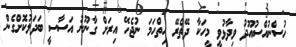
ހުސްނުއްސުއޫދު ވިދާޅުވީ މީހަކާ ދޭތެރޭ ހިތްހަމަ ނުޖެހޭ އިރަށް ގާނޫނު އަސާސީ ބަދަލުކޮށްގެން